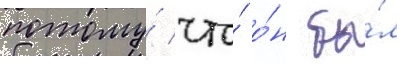
потому́ что́ о́н бы́л